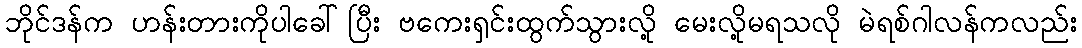
ဘိုင်ဒန်က ဟန်းတားကိုပါခေါ်ပြီး ဗကေးရှင်းထွက်သွားလို့ မေးလို့မရသလို မဲရစ်ဂါလန်ကလည်း